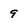
Character: 9